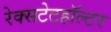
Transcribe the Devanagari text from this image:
रेक्सटेटहॉल्टर